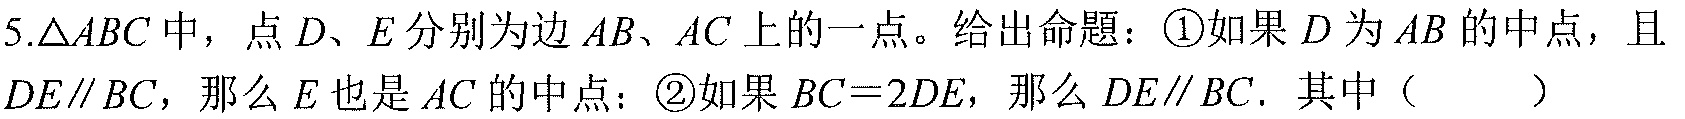
5.\(\triangle ABC\)中，点\(D、E\)分别为边\(AB、AC\)上的一点。给出命题：\textcircled{1}如果\(D\)为\(AB\)的中点，且\(DE\parallel BC\)，那么\(E\)也是\(AC\)的中点；\textcircled{2}如果\(BC = 2DE\)，那么\(DE\parallel BC\). 其中（  ）